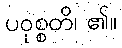
ပဝုစ္စတိ၊ ၏။